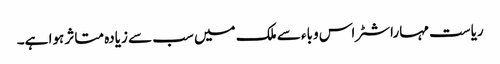
ریاست مہاراشٹر اس وباء سے ملک میں سب سے زیادہ متاثر ہوا ہے۔